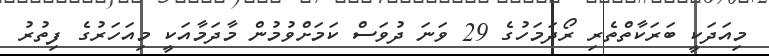
މިއަދަކީ ބަރަކާތްތެރި ރޯދަމަހުގެ 29 ވަނަ ދުވަަސް ކަމަށްވުމުން މާދަމާއަކީ މިއަހަރުގެ ފިތުރު